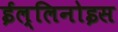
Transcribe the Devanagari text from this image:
ईल्लिनोइस